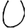
Digit: 0